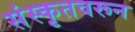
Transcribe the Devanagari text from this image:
संस्कृतवरून